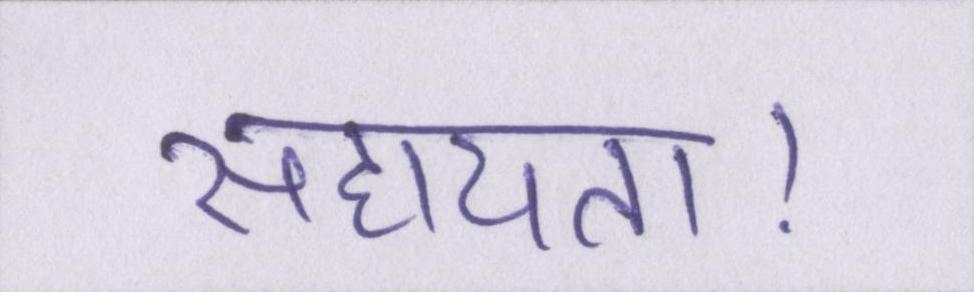
सहायता।